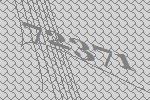
72371